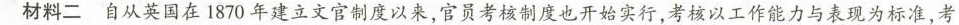
材料二 自从英国在1870年建立文官制度以来，官员考核制度也开始实行，考核以工作能力与表现为标准，考